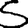
Digit: 5